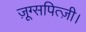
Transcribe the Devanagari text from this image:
ज़ूग्सपित्ज़ी।